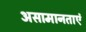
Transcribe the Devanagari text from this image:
असामानताएं